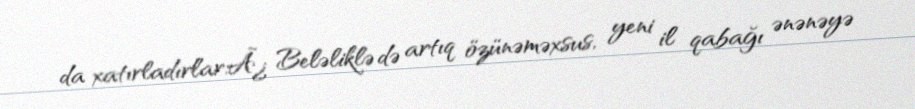
da xatırladırlar.Ã¿ Beləliklə də artıq özünəməxsus, yeni il qabağı ənənəyə